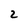
Character: 2